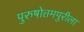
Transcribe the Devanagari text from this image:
पुरुषोत्तमपुरीला